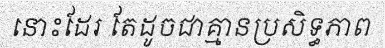
នោះដែរ តែដូចជាគ្មានប្រសិទ្ធភាព